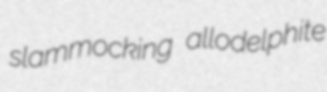
slammocking allodelphite